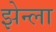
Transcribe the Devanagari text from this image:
झेन्ला